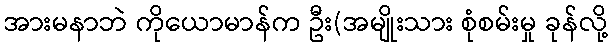
အားမနာဘဲ ကိုယောမာန်က ဦး(အမျိုးသား စုံစမ်းမှု ခုန်လို့